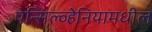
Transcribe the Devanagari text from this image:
पेन्सिल्व्हेनियामधील